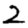
Digit: 2